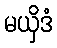
မယှိဒံ